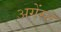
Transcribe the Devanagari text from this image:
अगेंस्‍ट